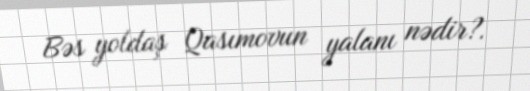
Bəs yoldaş Qasımovun yalanı nədir?.